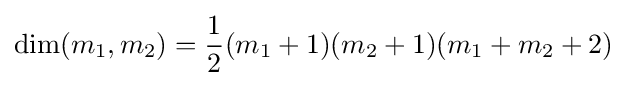
\dim(m_{1},m_{2})={\frac {1}{2}}(m_{1}+1)(m_{2}+1)(m_{1}+m_{2}+2)